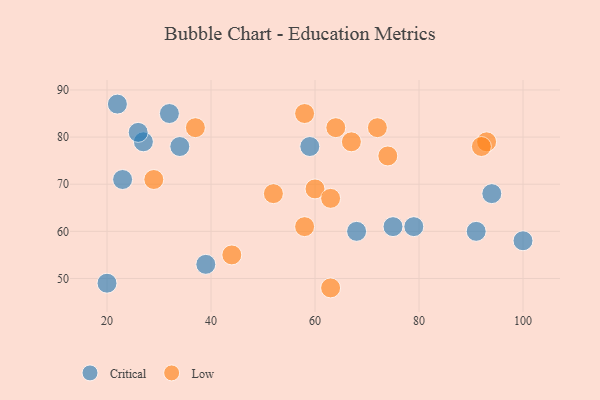
{"axis": {"x": "GDP", "y": "Life Expectancy"}, "legend": ["Critical", "Low"], "data": [{"x": "34", "y": 78, "type": "Critical"}, {"x": "39", "y": 53, "type": "Critical"}, {"x": "20", "y": 49, "type": "Critical"}, {"x": "27", "y": 79, "type": "Critical"}, {"x": "23", "y": 71, "type": "Critical"}, {"x": "68", "y": 60, "type": "Critical"}, {"x": "79", "y": 61, "type": "Critical"}, {"x": "59", "y": 78, "type": "Critical"}, {"x": "26", "y": 81, "type": "Critical"}, {"x": "32", "y": 85, "type": "Critical"}, {"x": "22", "y": 87, "type": "Critical"}, {"x": "75", "y": 61, "type": "Critical"}, {"x": "94", "y": 68, "type": "Critical"}, {"x": "100", "y": 58, "type": "Critical"}, {"x": "91", "y": 60, "type": "Critical"}, {"x": "37", "y": 82, "type": "Low"}, {"x": "29", "y": 71, "type": "Low"}, {"x": "52", "y": 68, "type": "Low"}, {"x": "67", "y": 79, "type": "Low"}, {"x": "72", "y": 82, "type": "Low"}, {"x": "60", "y": 69, "type": "Low"}, {"x": "93", "y": 79, "type": "Low"}, {"x": "63", "y": 48, "type": "Low"}, {"x": "63", "y": 67, "type": "Low"}, {"x": "92", "y": 78, "type": "Low"}, {"x": "58", "y": 85, "type": "Low"}, {"x": "58", "y": 61, "type": "Low"}, {"x": "74", "y": 76, "type": "Low"}, {"x": "44", "y": 55, "type": "Low"}, {"x": "64", "y": 82, "type": "Low"}]}